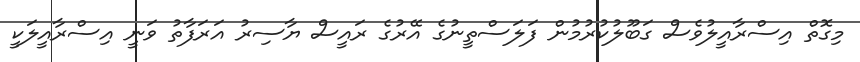
މިގޮތް އިސްރާއީލުވެސް ގަބޫލުކުރުމުން ފަލަސްތީނުގެ އޭރުގެ ރައީސް ޔާސިރު އަރަފާތު ވަނީ އިސްރާއީލަކީ